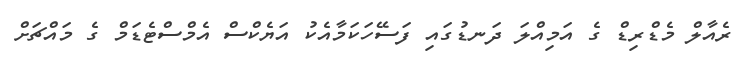
ރެއާލް މެޑްރިޑް ގެ އަމިއްލަ ދަނޑުގައި ފަސޭހަކަމާއެކު އަޔެކްސް އެމްސްޓެޑަމް ގެ މައްޗަށް